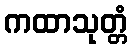
ကထာသုတ္တံ